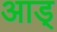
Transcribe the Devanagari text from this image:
आड्